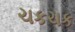
ચકચક